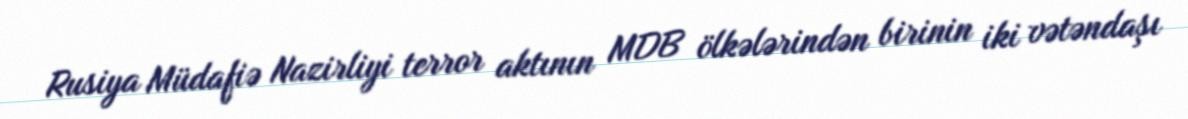
Rusiya Müdafiə Nazirliyi terror aktının MDB ölkələrindən birinin iki vətəndaşı